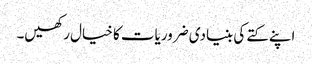
اپنے کتے کی بنیادی ضروریات کا خیال رکھیں۔